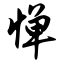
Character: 惮